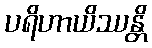
ပရိဟာယိဿန္တိ